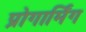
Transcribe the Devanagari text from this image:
प्रोगार्मिंग